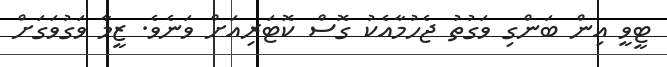
ޓީވީ އިން ބަންގި ވަގުތު ޖެހުމާއެކު ގޮސް ކޮޓަރިއަށް ވަނެވެ. ޒީމާ ވަގުވަގަށް